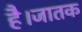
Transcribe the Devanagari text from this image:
है।जातक